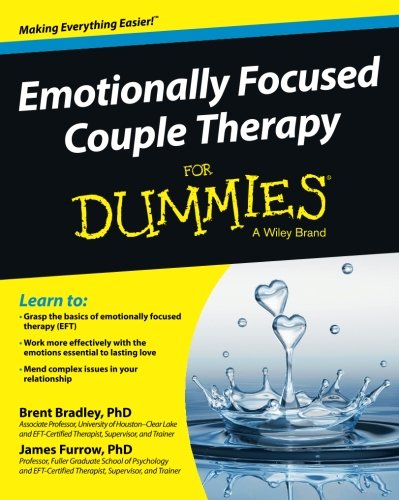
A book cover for Emotionally Focused Couple Therapy For Dummies; Brent Bradley; Self-Help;